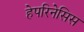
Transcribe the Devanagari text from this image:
हेपरिनेसिस